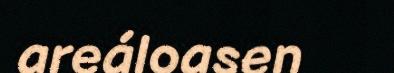
areáloasen